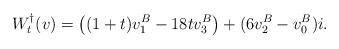
LaTeX: \begin{align*}W_t^{\dag}(v)=\left((1+t)v_1^B-18tv_3^B\right) +(6v_2^B-v_0^B)i. \end{align*}